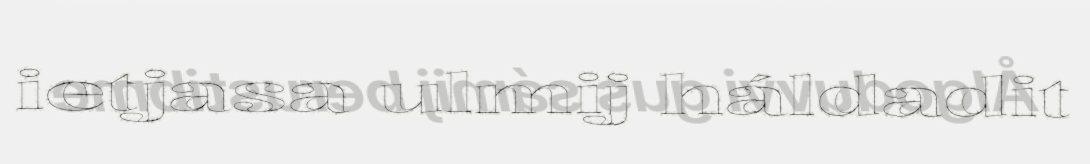
ietjasa ulmij háldadit